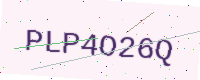
Text: PLP4O26Q